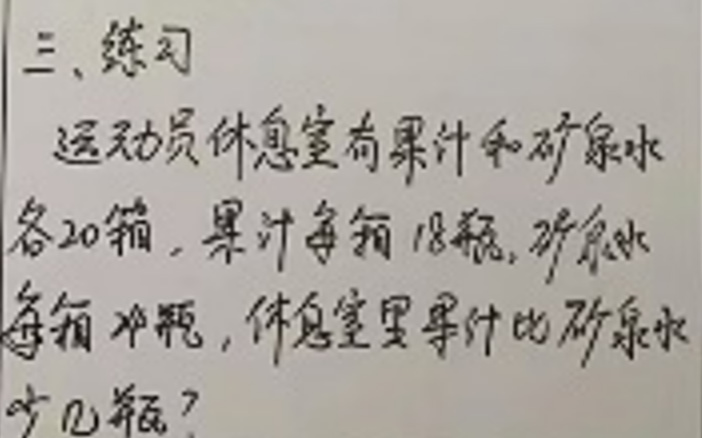
练习

运动员休息室有果汁和矿泉水各20箱，果汁每箱18瓶，矿泉水每箱24瓶，休息室里果汁比矿泉水少几瓶？